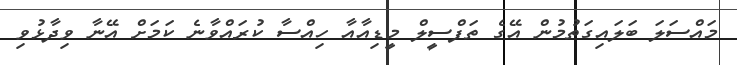
މައްސަލަ ބަލައިގަތުމުން އޭގެ ތަފްސީލް މީޑިއާއާ ހިއްސާ ކުރައްވާނެ ކަމަށް އޭނާ ވިދާޅުވި